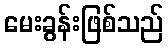
မေးခွန်းဖြစ်သည်